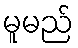
မူမည်